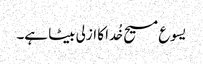
یسوع مسیح خُدا کا ازلی بیٹا ہے۔